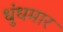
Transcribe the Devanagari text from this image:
धुंधमार